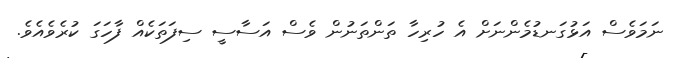
ނަމަވެސް އަޅުގަނޑުމެންނަށް އެ ހުރިހާ ތަންތަނުން ވެސް އަސާސީ ސިފަތަކެއް ފާހަގަ ކުރެވެއެވެ.